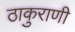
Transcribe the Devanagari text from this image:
ठाकुराणी